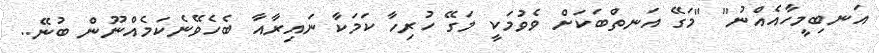
އަނބިމީހާއެއްނު" "މަގޭ އަނތްބަކަށް ވެވުމަކީ މަގޭ ހުރިހާ ކަމަކާ ނައިރާއާ ބެހެވޭނެކަމެއްނޫން ބުނޭ..